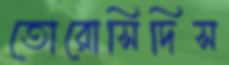
তোরোসিদিস